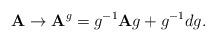
LaTeX: \begin{align*}\mbox{{\bf A}}\rightarrow \mbox{{\bf A}}^{g}=g^{-1}\mbox{{\bf A}}g+g^{-1}dg.\end{align*}